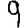
Digit: 9